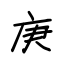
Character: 庚